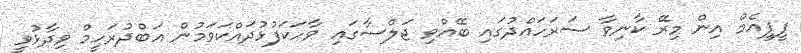
ޕީޕީއެމް އިން މިރޭ ކާނިވާ ސަރަހައްދުގައި ބޭއްވި ޖަލްސާގައި ވާހަކަފުޅުދައްކަވަމުން އަބްދުރަހީމް ވިދާޅުވީ